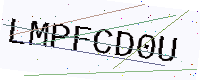
Text: LMPFCD0U